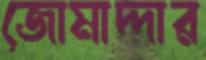
জোমাদ্দার